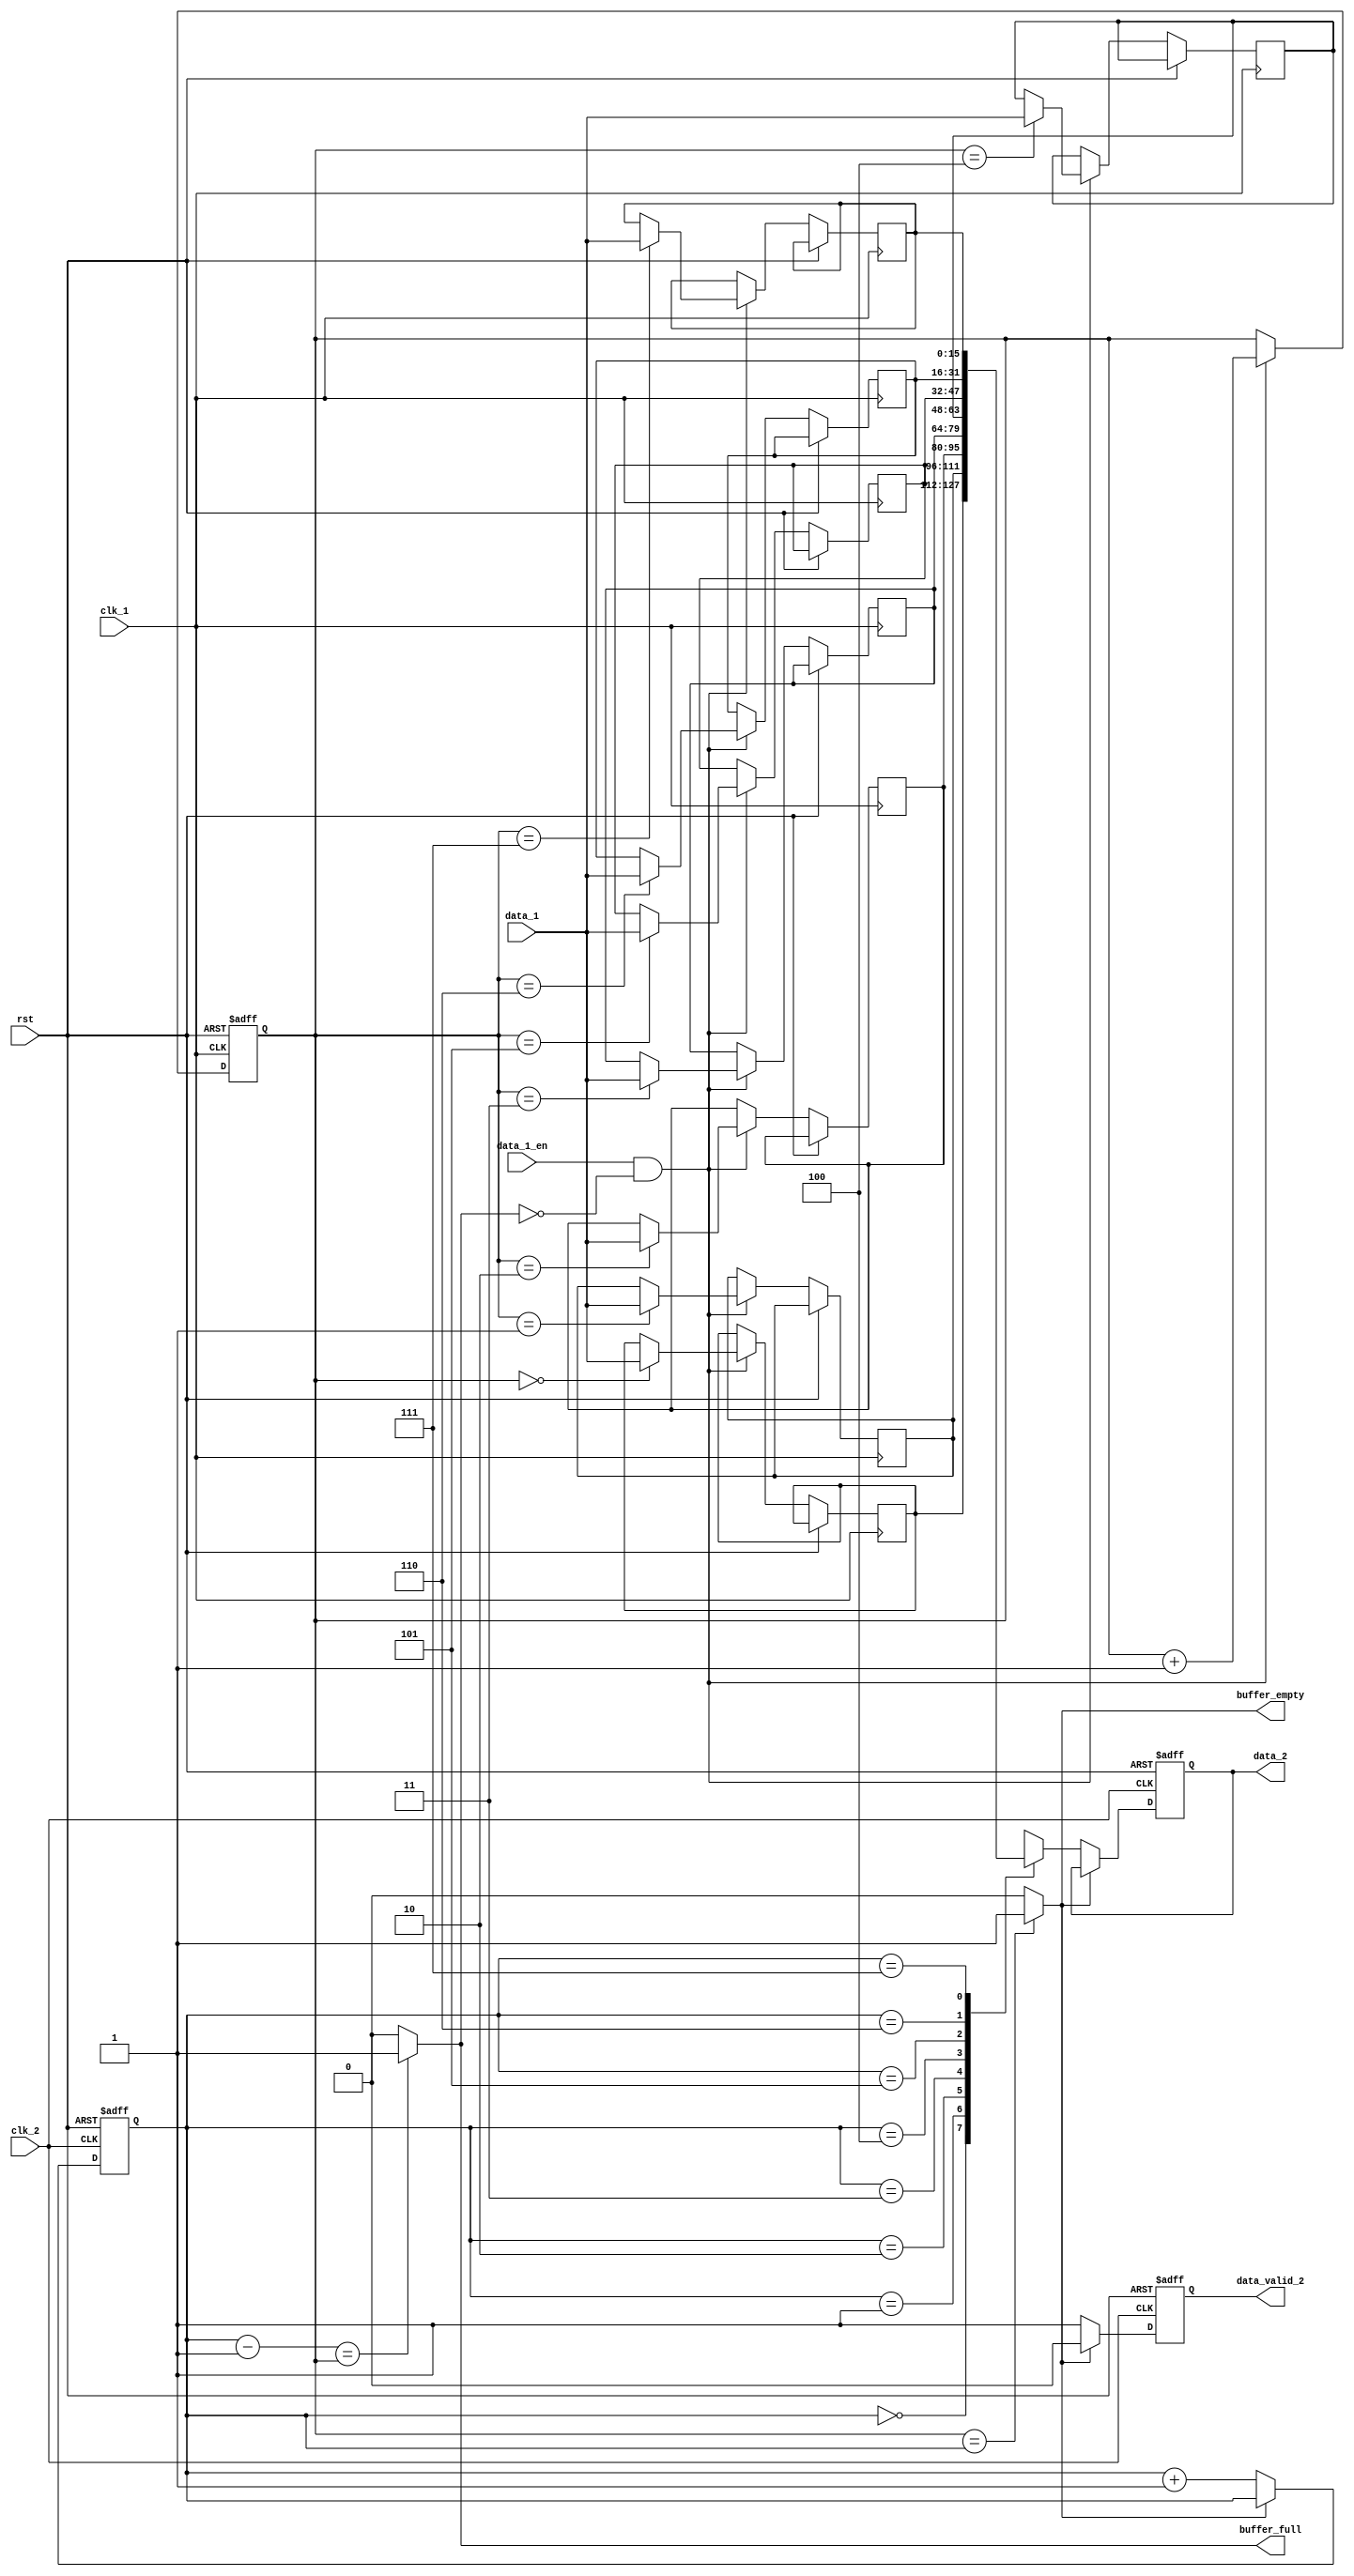
module wrapper // gerencia a escrita e leitura dos dados no buffer
(
  input rst, //reset do mdulo que e ativo alto (1)
  input clk_1, // o clock rpido, que opera a 10 Hz
  input clk_2, //clock lento, que pode operar entre 10Hz e 78.125 mHz 
  input data_1_en, //sinal enable que indica que o dado de entrada  vlido
  input [15:0]data_1, // o valor de 16 bits que foi produzido pelo sistema, sendo este proveniente do mdulo Fibonacci ou do mdulo Timer
  
  output buffer_empty,//flag de controle que indica que o buffer interno do mdulo est vazio
  output buffer_full, //flag de controle que indica que o buffer interno do mdulo est cheio
  output reg data_valid_2,//indica que o valor a ser consumido  vlido
  output reg [15:0]data_2//valor de 16 bits que o sistema est consumindo naquele momento, o qual foi previamente gerado pelo mdulo Fibonacci ou pelo mdulo Timer.
);

  // se a frequencia de leiura for mais q a de escrita o buffer vai enchar e qnd isso acontecer o buffer tem q mandar um sinal pro timer parar de produzir as infos e isso vai criar uma sada incorreta
  //sinais
  reg[15:0] buffer_reg[0:7];
  reg[2:0] buffer_wr; //clk1
  reg[2:0] buffer_rd; //clk2
  
  
  //processo de escrita
  always @(posedge clk_1 or posedge rst)begin
    if(rst == 1)begin
      buffer_wr <= 3'b0;
    end
    
    else begin
      if(data_1_en == 1 && buffer_full != 1'b1)begin  // se o data_1_en estiver em 1 e o buffer no estivier cheio, h um dado vlido para ser escrito no buffer
        buffer_reg[buffer_wr] <= data_1; // o valor de data_1  armazenado no buffer_reg na posio indicada pelo buffer_wr
        buffer_wr <= buffer_wr + 3'd1; // icrementa o buffer_wr em 1, selecionando a prxima posio de escrita no buffer
      end
    end
  end
  
  //processo de leitura
  always @(posedge clk_2 or posedge rst) begin
    if(rst == 1)begin
      buffer_rd <= 3'b0;
      data_2 <= 16'd0;
      data_valid_2 <= 1'b0;
    end
    
    else begin
      if(buffer_empty != 1'b1)begin // se o buffer no estiver cheio
      data_valid_2 <= 1'b1; // atribui 1 ao data_valid_2 para indicar que o valor a ser cosumido  vlido
      data_2 <= buffer_reg[buffer_rd]; // atribui o valor armazenado na posiio do buffer  data_2
      buffer_rd <= buffer_rd + 3'd1; // icremeta o buffer_rd em 1
      end
      
      else begin
      data_valid_2 <= 1'b0;  // caso o buffer esteja cheio, atribui 0
      end
    end    
  end
  
  // defiio dos valores dos sinais
assign buffer_empty = (buffer_wr == buffer_rd) ? 3'd1 : 3'd0;
assign buffer_full = (buffer_rd - 1'b1 == buffer_wr) ? 3'd1 : 3'd0;
  
  
endmodule